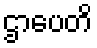
ဌာပေတိ